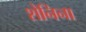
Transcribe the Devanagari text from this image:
शेनिना